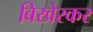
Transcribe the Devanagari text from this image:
बिखेरकर